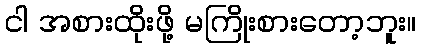
ငါ အစားထိုးဖို့ မကြိုးစားတော့ဘူး။